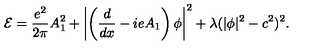
{ \cal E } = \frac { e ^ { 2 } } { 2 \pi } A _ { 1 } ^ { 2 } + \left| \left( \frac { d } { d x } - i e A _ { 1 } \right) \phi \right| ^ { 2 } + \lambda ( | \phi | ^ { 2 } - c ^ { 2 } ) ^ { 2 } .